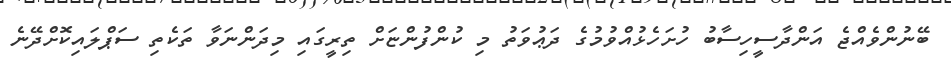
ބޭނުންވެއްޖެ އަންދާސީހިސާބު ހުށަހެޅުއްވުމުގެ ދަޢުވަތު މި ކުންފުންޏަށް ތިރީގައި މިދަންނަވާ ތަކެތި ސަޕްލައިކޮށްދޭނެ